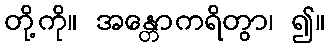
တို့ကို။ အန္တောကရိတွာ၊ ၍။